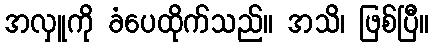
အလှူကို ခံပေထိုက်သည်။ အသိ၊ ဖြစ်ပြီ။